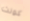
كونت